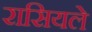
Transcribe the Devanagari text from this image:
रासियले